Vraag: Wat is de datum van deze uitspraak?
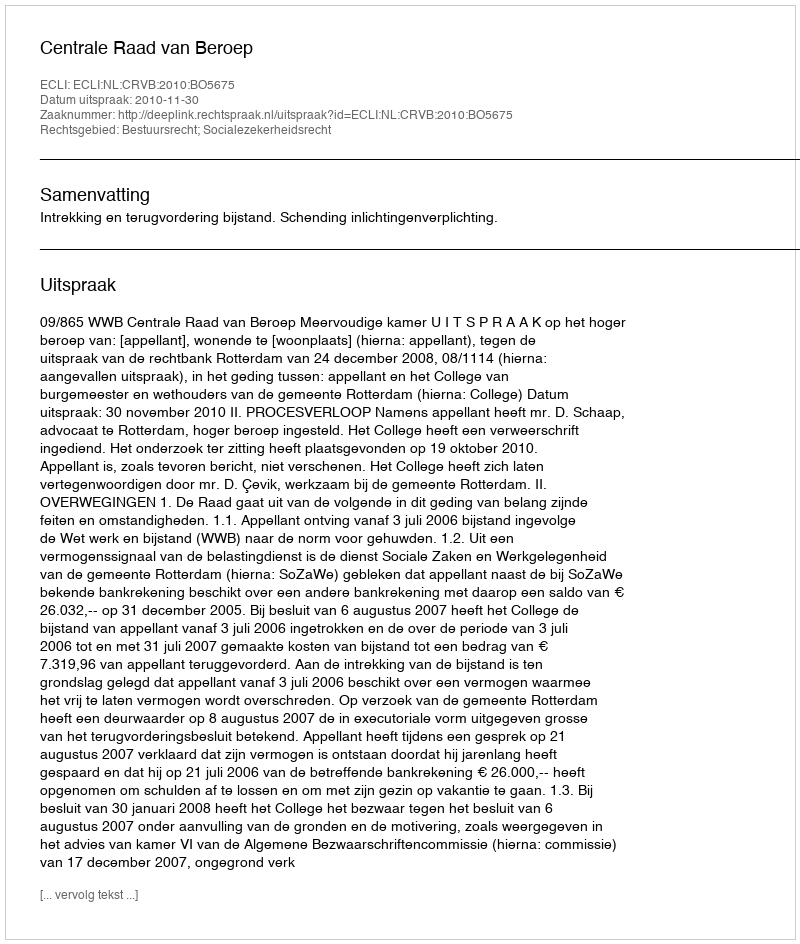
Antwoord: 2010-11-30